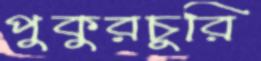
পুকুরচুরি